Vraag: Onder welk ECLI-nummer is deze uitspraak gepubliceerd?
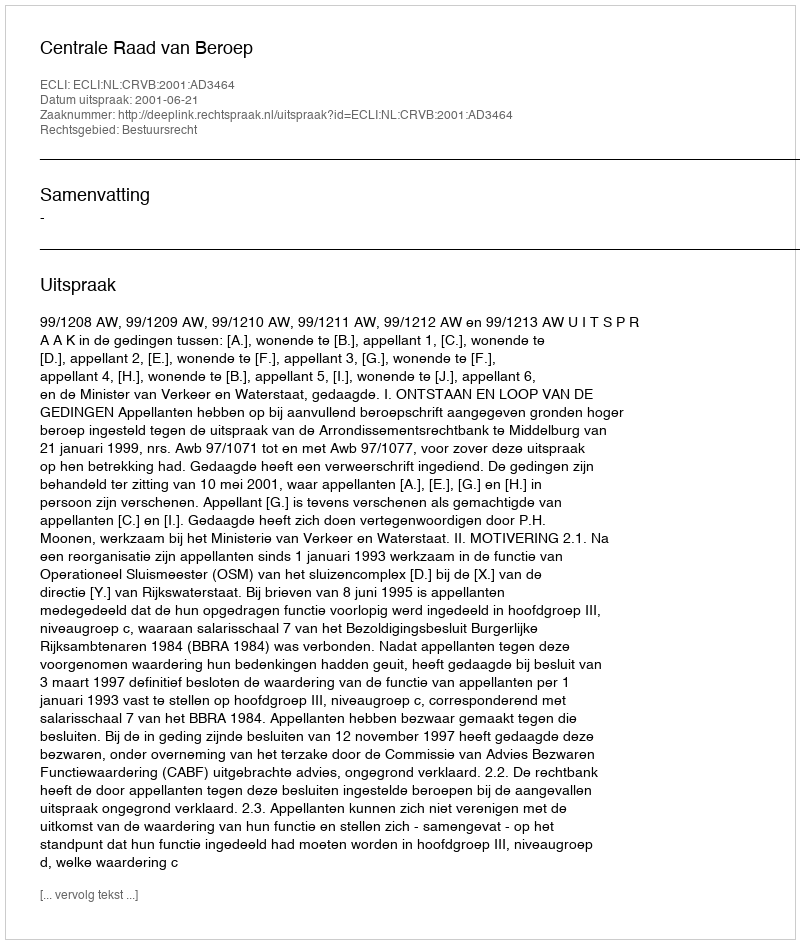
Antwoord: ECLI:NL:CRVB:2001:AD3464